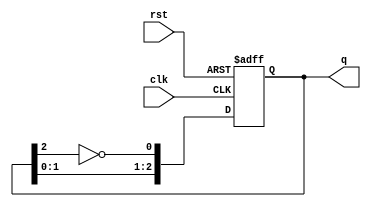
module johnson_counter #(
    parameter N = 3  // Number of flip-flops (stages)
)(
    input wire clk,   // Clock input
    input wire rst,   // Active-high reset input
    output reg [N-1:0] q // Output state
);

    always @(posedge clk or posedge rst) begin
        if (rst) begin
            // Initialize the counter to all zeros on reset
            q <= 0;
        end else begin
            // Johnson counter logic: Shift right and invert the last bit
            q <= {q[N-2:0], ~q[N-1]};
        end
    end

endmodule